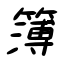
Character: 簿